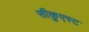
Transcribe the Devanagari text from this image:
सीकुएस्ट